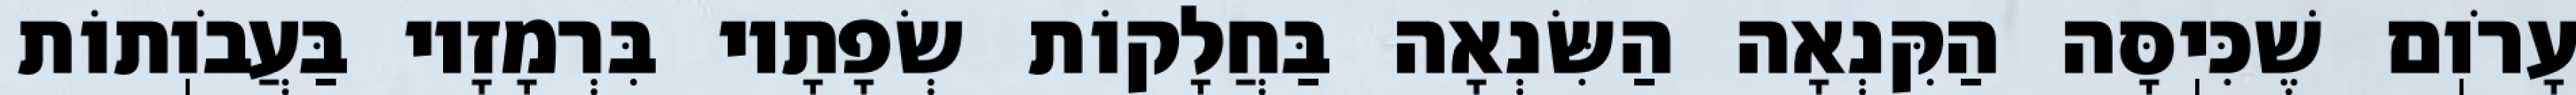
עָרֹוֽם שֶׁכִּיֽסָּה הַקִּנְאָה הַשִּׂנְאָה בַּחֲלָקוֹת שְׂפָתָיו בִּרְמָזָיו בַּעֲבֹוֽתוֹת